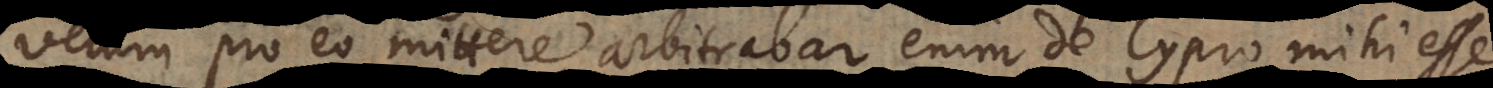
velum pro eo mittere, arbitrabar enim de Cypro mihi esse